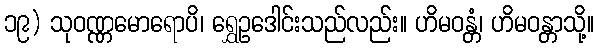
၁၉) သုဝဏ္ဏမောရောပိ၊ ရွှေဥဒေါင်းသည်လည်း။ ဟိမဝန္တံ၊ ဟိမဝန္တာသို့။